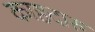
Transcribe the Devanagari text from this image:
काष्ठदारु